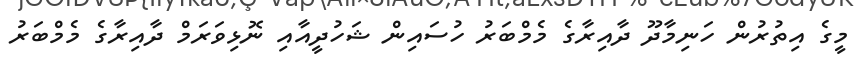
މީގެ އިތުރުން ހަނިމާދޫ ދާއިރާގެ މެމްބަރު ހުސައިން ޝަހުދީއާއި ނޮޅިވަރަމް ދާއިރާގެ މެމްބަރު